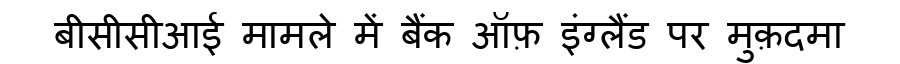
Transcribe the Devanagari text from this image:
बीसीसीआई मामले में बैंक ऑफ़ इंग्लैंड पर मुक़दमा